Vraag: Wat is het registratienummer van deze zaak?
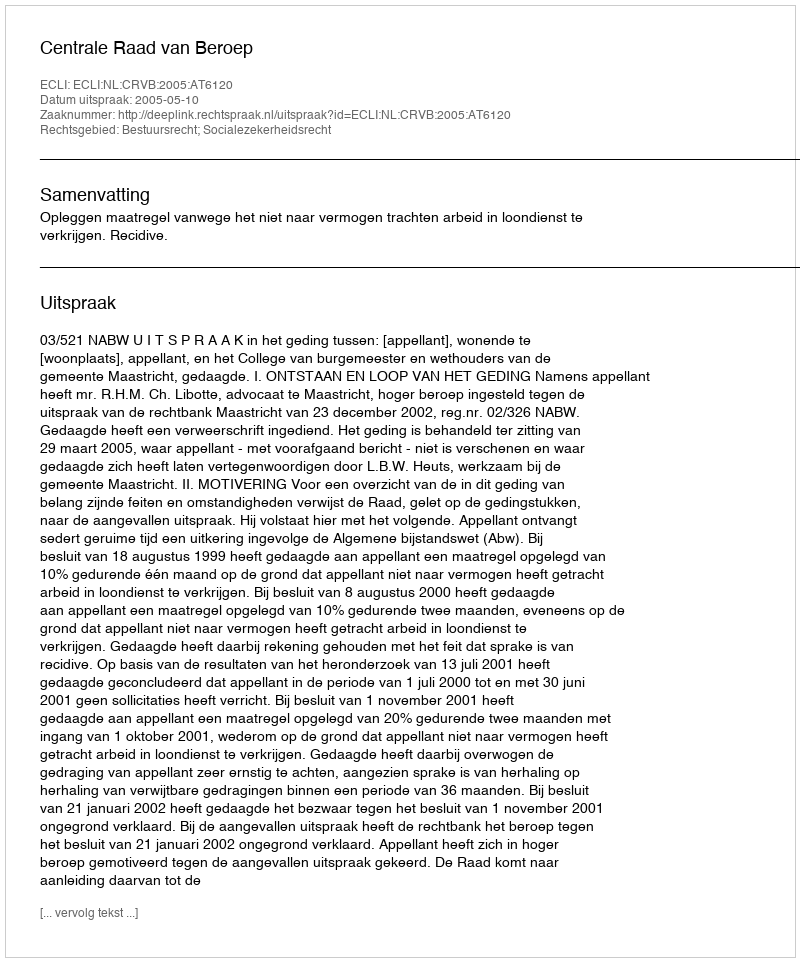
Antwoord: http://deeplink.rechtspraak.nl/uitspraak?id=ECLI:NL:CRVB:2005:AT6120